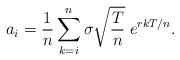
LaTeX: \begin{align*}a_i=\frac{1}{n}\sum_{k=i}^{n}\sigma\sqrt{\frac{T}{n}}\;e^{rkT/n}.\end{align*}